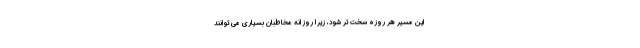
این مسیر هر روزه سخت تر شود، زیرا روزانه مخاطبان بسیاری می توانند